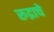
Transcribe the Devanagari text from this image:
रुद्राचे